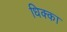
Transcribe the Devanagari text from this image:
धिक्का